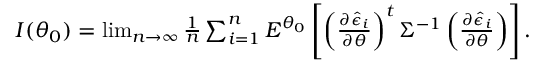
\begin{array} { r } { I ( \theta _ { 0 } ) = \operatorname* { l i m } _ { n \rightarrow \infty } \frac { 1 } { n } \sum _ { i = 1 } ^ { n } E ^ { \theta _ { 0 } } \left[ \left( \frac { \partial \hat { \epsilon } _ { i } } { \partial \theta } \right) ^ { t } \Sigma ^ { - 1 } \left( \frac { \partial \hat { \epsilon } _ { i } } { \partial \theta } \right) \right] . } \end{array}